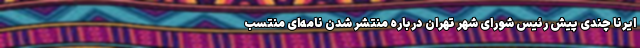
ایرنا چندی پیش رئیس شورای شهر تهران درباره منتشر شدن نامه‌ای منتسب